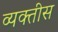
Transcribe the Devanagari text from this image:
व्यक्‍तीस